Report on lock hospitals in British Burma
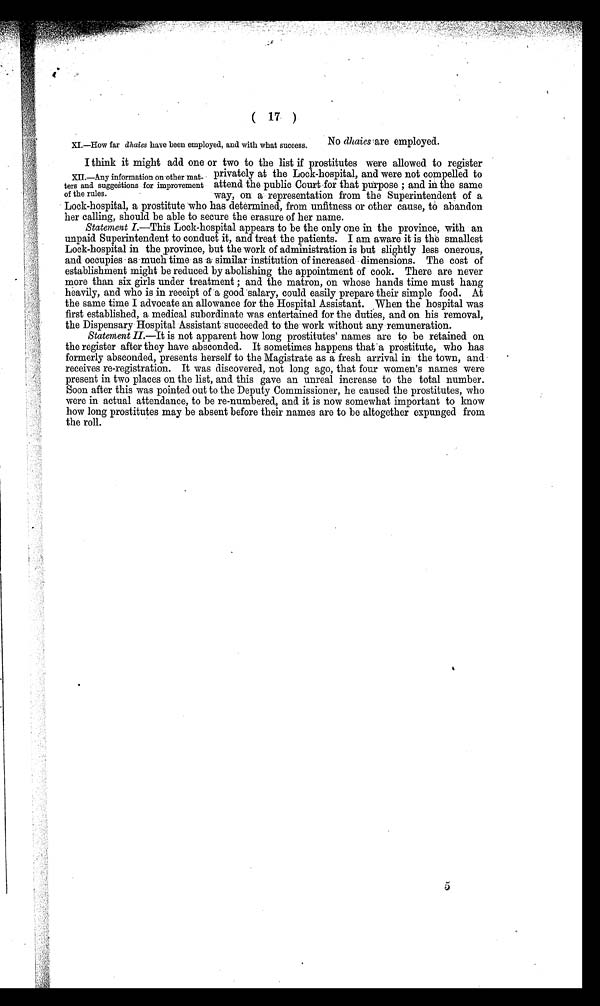
( 17 )
XI.—How far dhaies have been employed, and with what success.
No dhaies are employed.
I think it might add one or two to the list if prostitutes were allowed to register
privately at the Lock-hospital , and were not compelled to
attend the public Court for that purpose ; and in the same
way, on a representation from the Superintendent of a
Lock-hospital, a prostitute who has determined, from unfitness or other cause, to abandon
her calling, should be able to secure the erasure of her name.
Statement I .—This Lock-hospital appears to be the only one in the province, with an
unpaid Superintendent to conduct it, and treat the patients. I am aware it is the smallest
Lock-hospital in the province, but the work of administration is but slightly less onerous,
and occupies as much time as a similar institution of increased dimensions. The cost of
establishment might be reduced by abolishing the appointment of cook. There are never
more than six girls under treatment; and the matron, on whose hands time must hang
heavily, and who is in receipt of a good salary, could easily prepare their simple food. At
the same time I advocate an allowance for the Hospital Assistant. When the hospital was
first established, a medical subordinate was entertained for the duties, and on his removal,
the Dispensary Hospital Assistant succeeded to the work without any remuneration.
Statement II.—It is not apparent how long prostitutes' names are to be retained on
the register after they have absconded. It sometimes happens that a prostitute, who has
formerly absconded, presents herself to the Magistrate as a fresh arrival in the town, and
receives re-registration. It was discovered, not long ago, that four women's names were
present in two places on the list, and this gave an unreal increase to the total number.
Soon after this was pointed out to the Deputy Commissioner, he caused the prostitutes, who
were in actual attendance, to be re-numbered, and it is now somewhat important to know
how long prostitutes may be absent before their names are to be altogether expunged from
the roll.
XII.—Any information on other mat-
ters and suggestions for improvement
of the rules.
5